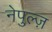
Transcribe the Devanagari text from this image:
नेपुल्ज़